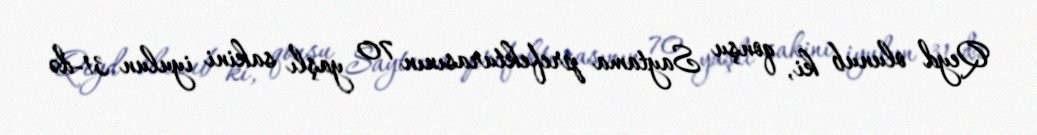
Qeyd olunub ki, qonşu Saytama prefekturasının 70 yaşlı sakini iyulun 31-də